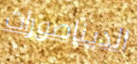
الديناصورات